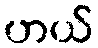
ဟယ်